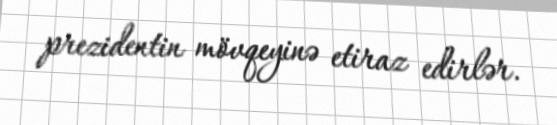
prezidentin mövqeyinə etiraz edirlər.